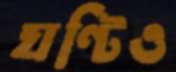
ঘণ্টিও